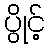
ပွိုင့်